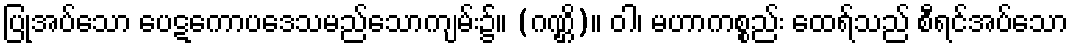
ပြုအပ်သော ပေဋကောပဒေသမည်သောကျမ်း၌။ (ဂဏ္ဌိ)။ ဝါ၊ မဟာကစ္စည်း ထေရ်သည် စီရင်အပ်သော